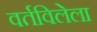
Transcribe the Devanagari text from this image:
वर्तविलेला